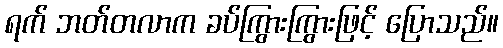
ရက် ဘတ်တလာက ခပ်ကြွားကြွားဖြင့် ပြောသည်။